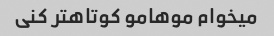
میخوام موهامو کوتاهتر کنی